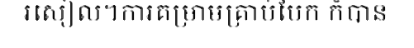
រសៀល។ការគម្រាមគ្រាប់បែក ក៏បាន